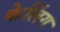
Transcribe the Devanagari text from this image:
केलिंग